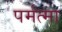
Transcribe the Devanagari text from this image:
पर्मत्मा